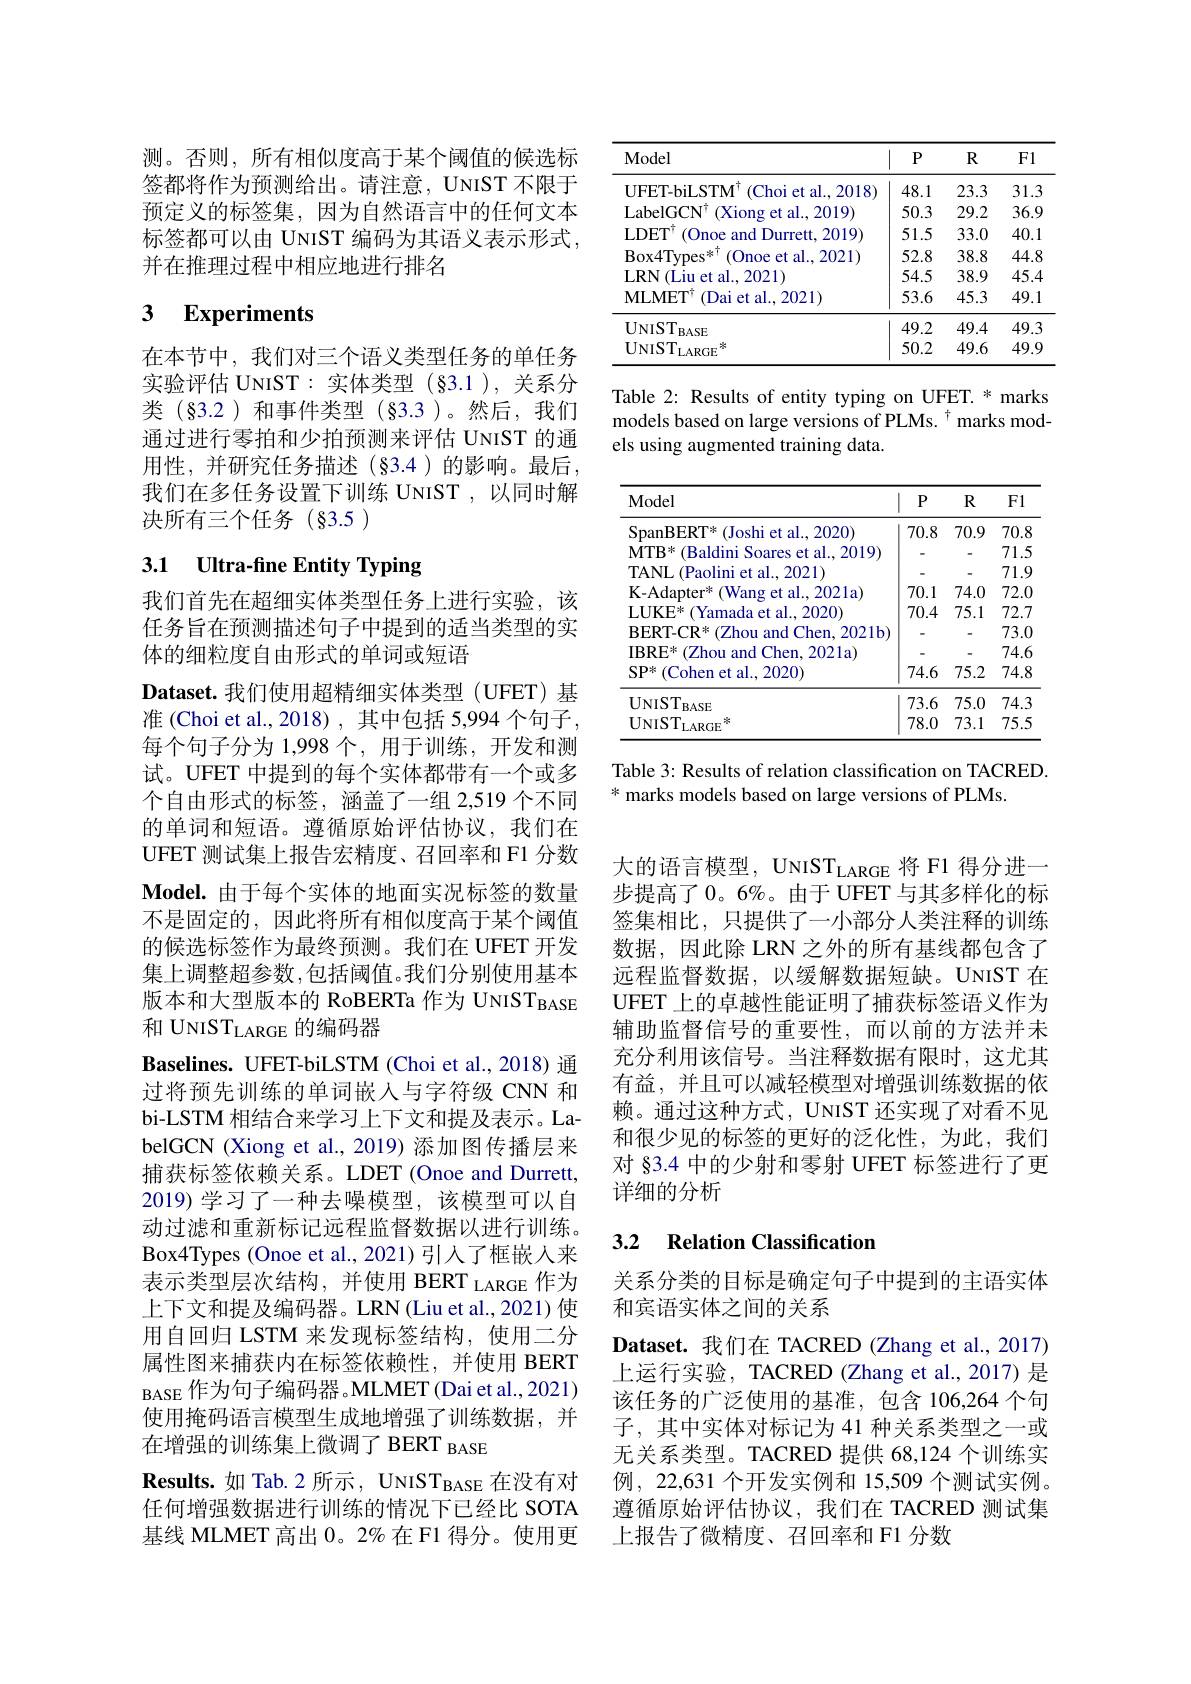
测。否则，所有相似度高于某个阈值的候选标签都将作为预测给出。请注意，UNIST 不限于预定义的标签集，因为自然语言中的任何文本标签都可以由 UNIST 编码为其语义表示形式， 并在推理过程中相应地进行排名

# 3 Experiments

在本节中，我们对三个语义类型任务的单任务实验评估 UNIST: 实体类型 (§3.1 ), 关系分类(§3.2)和事件类型(§3.3)。然后，我们通过进行零拍和少拍预测来评估 UNIST 的通用性，并研究任务描述(§3.4)的影响。最后我们在多任务设置下训练 UNIST ,以同时解决所有三个任务(§3.5)

# 3.1 Ultra-fine Entity Typing

我们首先在超细实体类型任务上进行实验，该任务旨在预测描述句子中提到的适当类型的实体的细粒度自由形式的单词或短语
Dataset.我们使用超精细实体类型(UFET)基准 (Choi et al., 2018) , 其中包括 5,994 个句子， 每个句子分为 1,998 个，用于训练，开发和测试。UFET 中提到的每个实体都带有一个或多个自由形式的标签，涵盖了一组 2,519 个不同的单词和短语。遵循原始评估协议，我们在UFET 测试集上报告宏精度、召回率和 F1 分数Model.由于每个实体的地面实况标签的数量不是固定的，因此将所有相似度高于某个阈值的候选标签作为最终预测。我们在 UFET 开发集上调整超参数，包括阈值。我们分别使用基本版本和大型版本的 RoBERTa 作为 UNIST$_\mathrm{BASE}$ 和 UNIST$_\mathrm{LARGE}$的编码器
Baselines. UFET-biLSTM (Choi et al., 2018) 通过将预先训练的单词嵌入与字符级 CNN 和bi-LSTM 相结合来学习上下文和提及表示。LabelGCN (Xiong et al.,2019) 添加图传播层来捕获标签依赖关系。LDET (Onoe and Durrett, 2019)学习了一种去噪模型，该模型可以自动过滤和重新标记远程监督数据以进行训练。Box4Types (Onoe et al., 2021)引人了框嵌人来表示类型层次结构，并使用 BERT LARGE 作为上下文和提及编码器。LRN(Liu et al., 2021) 使用自回归 LSTM 来发现标签结构，使用二分属性图来捕获内在标签依赖性，并使用 BERT BASE 作为句子编码器。MLMET (Dai et al.,2021) 使用掩码语言模型生成地增强了训练数据，并在增强的训练集上微调了 BERT BASE
Results.如 Tab.2 所示，UNIST$_\mathrm{BASE}$在没有对任何增强数据进行训练的情况下已经比 SOTA 基线 MLMET 高出 0。2%在 F1 得分。使用更

<table>
	<tbody>
		<tr>
			<th>Model</th>
			<th>$P$</th>
			<th>$R$</th>
			<th>F1</th>
		</tr>
		<tr>
			<td>UFET-biLSTM Choi et al. , 2018</td>
			<td>48.1</td>
			<td>23.3</td>
			<td>31.3</td>
		</tr>
		<tr>
			<td>$\mathrm{LabelGCN}^{1}$ (Xiong et al., 2019)</td>
			<td>50.3</td>
			<td>29.2</td>
			<td>36.9</td>
		</tr>
		<tr>
			<td>$\mathbf{LDET}$ (Onoe and Durrett, .2019</td>
			<td>51.5</td>
			<td>33.0</td>
			<td>40.1</td>
		</tr>
		<tr>
			<td>$\mathrm{Box4Types}^{*\dagger}$ (Onoe et al. 2021)</td>
			<td>52.8</td>
			<td>38.8</td>
			<td>44.8</td>
		</tr>
		<tr>
			<td>$\operatorname{V}($Liu et al., 2021) $\mathbf{LRN}$</td>
			<td>54.5</td>
			<td>38.9</td>
			<td>45.4</td>
		</tr>
		<tr>
			<td>(Dai et al., 2021) MLMETT</td>
			<td>53.6</td>
			<td>45.3</td>
			<td>49.1</td>
		</tr>
		<tr>
			<td>$\mathrm{UNIST}_{\mathrm{BASE}}$</td>
			<td>49.2</td>
			<td>49.4</td>
			<td>49.3</td>
		</tr>
		<tr>
			<td>$\mathrm{UNIST}_{\mathrm{LARGE}}$ 米</td>
			<td>50.2</td>
			<td>49.6</td>
			<td>49.9</td>
		</tr>
	</tbody>
</table>

Table 2: Results of entity typing on UFET. * marks models based on large versions of PLMs. $^{\dagger}$ marks models using augmented training data.

<table>
	<tbody>
		<tr>
			<th>$\mathbf{Model}$</th>
			<th>$P$</th>
			<th>$R$</th>
			<th>F1</th>
		</tr>
		<tr>
			<td>SpanBERT* (Joshi et al., 2020)</td>
			<td>70.8</td>
			<td>70.9</td>
			<td>70.8</td>
		</tr>
		<tr>
			<td>$\mathbf{MTB}^{*}$ (Baldini Soares et al..2019)</td>
			<td>-</td>
			<td>-</td>
			<td>71.5 </td>
		</tr>
		<tr>
			<td>TANL (Paolini et al., 2021)</td>
			<td>-</td>
			<td>-</td>
			<td>71. .5</td>
		</tr>
		<tr>
			<td>(Wang et al., 2021a) $\mathrm{K-Adapter}^{*}$</td>
			<td>70.1</td>
			<td>74.0</td>
			<td>72.0</td>
		</tr>
		<tr>
			<td>Yamada et al., 2020) $\mathbf{LUKE}^{*}$</td>
			<td>70.4</td>
			<td>75.1</td>
			<td>72.7</td>
		</tr>
		<tr>
			<td>(Zhou and Chen, 2021b) $\mathbf{BERT-CR}^{*}$</td>
			<td>-</td>
			<td>-</td>
			<td>73.0</td>
		</tr>
		<tr>
			<td>(Zhou and Chen, 2021a $\mathbf{IBRE}^{*}$</td>
			<td>-</td>
			<td>-</td>
			<td>74.1 $f$ 1</td>
		</tr>
		<tr>
			<td>$\mathrm{SP}^{*}\left(\mathrm{Cohen~et~al.,~2020}\right)$</td>
			<td>74.6</td>
			<td>75.2</td>
			<td>74.8</td>
		</tr>
		<tr>
			<td>$\mathrm{UNIST}_{\mathrm{BASE}}$</td>
			<td>73.6</td>
			<td>75.0</td>
			<td>74.3</td>
		</tr>
		<tr>
			<td>$\mathrm{UNIST}_{\mathrm{LARGE}}$ 冰</td>
			<td>78.0</td>
			<td>73.1</td>
			<td>75.5</td>
		</tr>
	</tbody>
</table>

Table 3: Results of relation classification on TACRED.
$^*$ marks models based on large versions of PLMs.

大的语言模型，UNIST$_\mathrm{LARGE}$将 F1 得分进一步提高了0。6%。由于 UFET 与其多样化的标签集相比，只提供了一小部分人类注释的训练数据，因此除 LRN 之外的所有基线都包含了远程监督数据，以缓解数据短缺。UNIST 在UFET 上的卓越性能证明了捕获标签语义作为辅助监督信号的重要性，而以前的方法并未充分利用该信号。当注释数据有限时，这尤其有益，并且可以减轻模型对增强训练数据的依赖。通过这种方式，UNIST 还实现了对看不见和很少见的标签的更好的泛化性，为此，我们对 §3.4 中的少射和零射 UFET 标签进行了更详细的分析

### 3.2 $\textbf{Relation Classificatior}$

关系分类的目标是确定句子中提到的主语实体
和宾语实体之间的关系
Dataset. 我们在 TACRED (Zhang et al.,2017) 上运行实验，TACRED (Zhang et al., 2017) 是该任务的广泛使用的基准，包含 106,264 个句子，其中实体对标记为 41 种关系类型之一或无关系类型。TACRED 提供 68,124 个训练实例，22,631 个开发实例和 15,509 个测试实例。遵循原始评估协议，我们在 TACRED 测试集上报告了微精度、召回率和 F1 分数